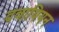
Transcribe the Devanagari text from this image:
दवायियन